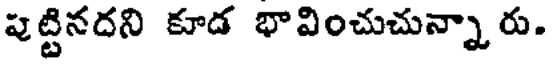
పుట్టినదని కూడ భావించుచున్నారు.